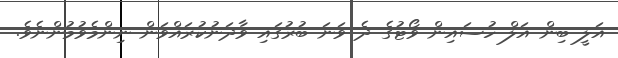
އަލީ ބިން އަލް ހުސައިން ވޯޓުގެ ދެ ވަނަ ބުރުގައި ވާދަނުކުރައްވަން ނިންމެވުމުންނެވެ.